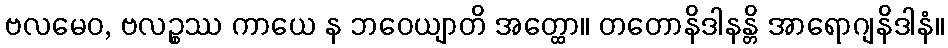
ဗလမေဝ, ဗလဉ္စဿ ကာယေ န ဘဝေယျာတိ အတ္ထော။ တတောနိဒါနန္တိ အာရောဂျနိဒါနံ။